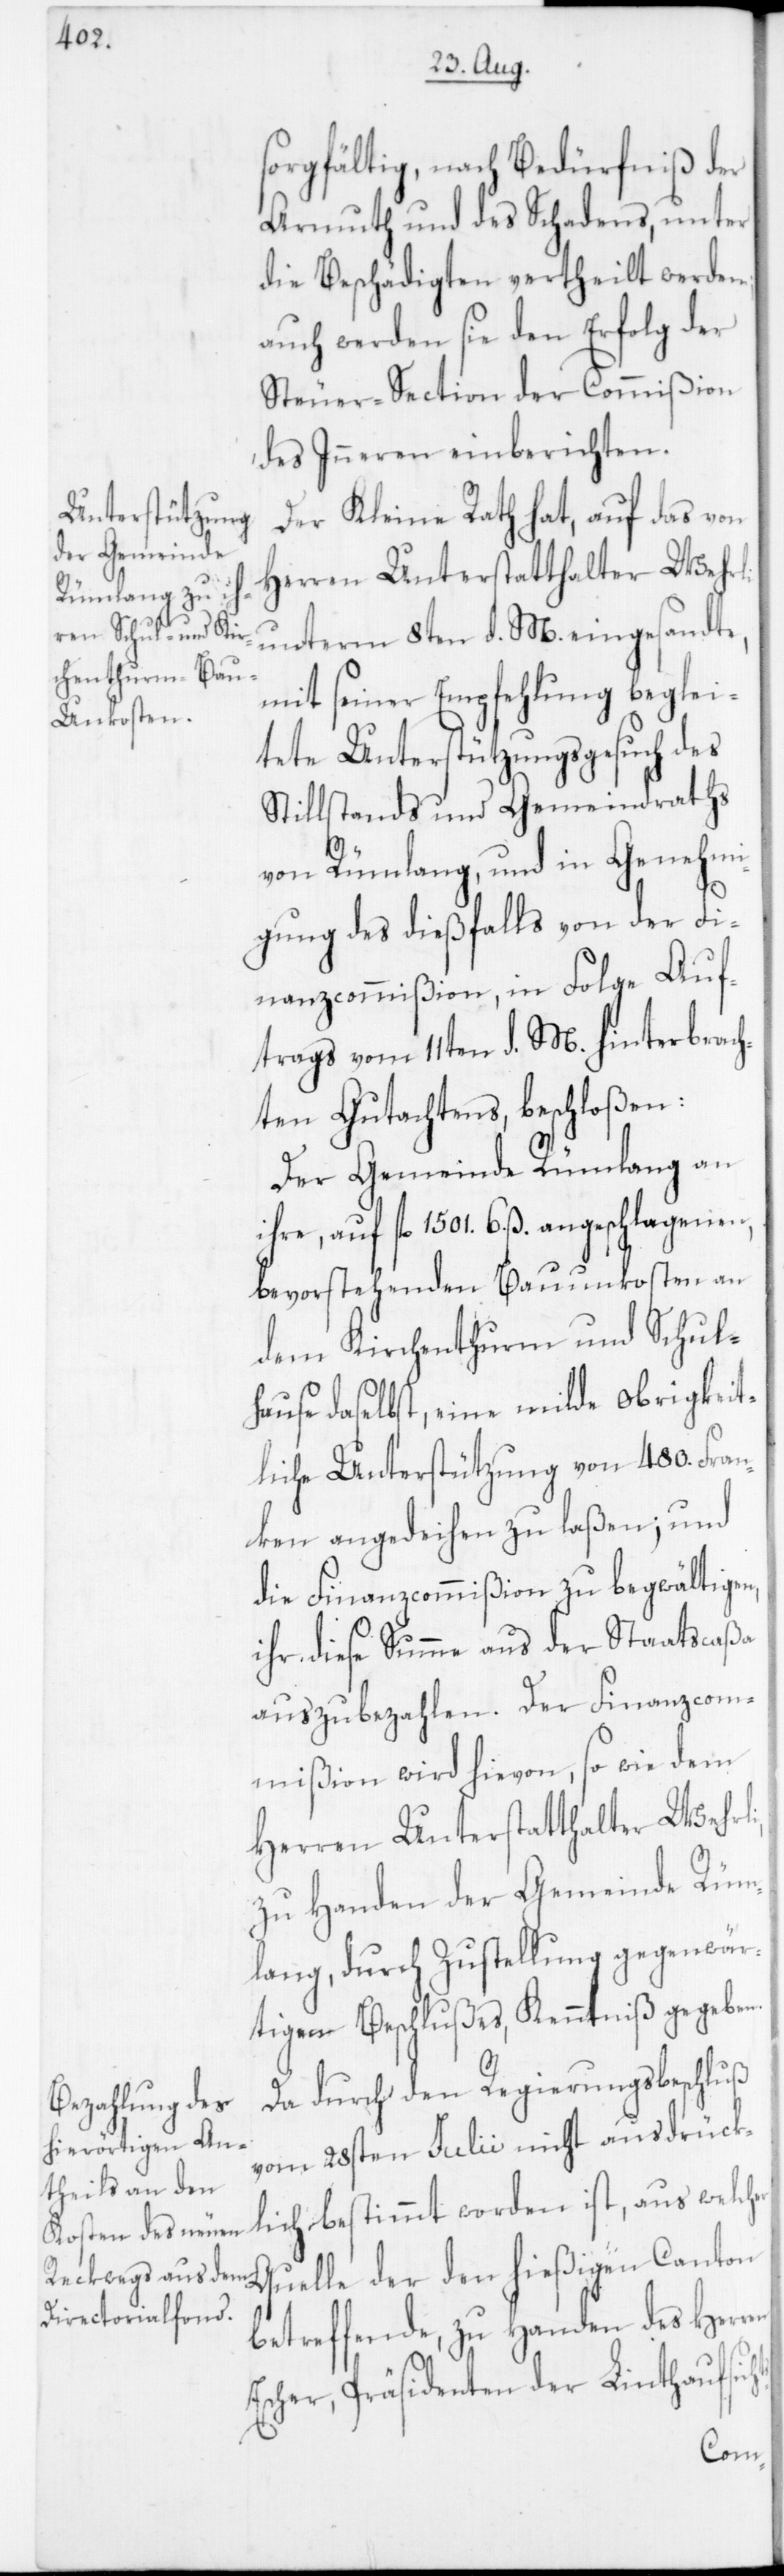
hts-

sorgfältig, nach Bedürfniß der
Armuth und des Schadens, unter
die Beschädigten vertheilt werden;
auch werden sie den Erfolg der
Steuer-Section der Commißion
des Inneren einberichten.
Der Kleine Rath hat, auf das von
Herren Unterstatthalter Wehrli
unterm 8ten d. M. eingesandte,
mit seiner Empfehlung beglei¬
tete Unterstützungsgesuch des
Stillstands und Gemeindraths
von Rümlang und in Genehmi¬
gung des dießfalls von der Fi¬
nanzcommißion, in Folge Auf¬
trags vom 11ten d. M. hinterbrach¬
ten Gutachtens, beschloßen:
Der Gemeinde Rümlang an
ihre, auf fl. 1501. 6. ß. angeschlagenen,
bevorstehenden Bauunkosten an
dem Kirchenthurm und Schul¬
hause daselbst, eine milde obrigkeit¬
liche Unterstützung von 480. Fran¬
ken angedeihen zu laßen; und
die Finanzcommißion zu begwältigen,
ihr diese Summe aus der Staatscaßa
auszubezahlen. Der Finanzcom¬
mißion wird hievon sowie dem
Herren Unterstatthalter Wehrli,
zu Handen der Gemeinde Rüm¬
lang, durch Zustellung gegenwär¬
tigen Beschlußes, Kenntniß gegeben.
Da durch den Regierungsbeschluß
vom 28sten Julii nicht ausdrück¬
lich bestimmt worden ist, aus welcher
Quelle der den hießigen Canton
betreffende, zu Handen des Herren
Escher, Präsidenten der Linthaufsic¬